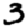
Digit: 3